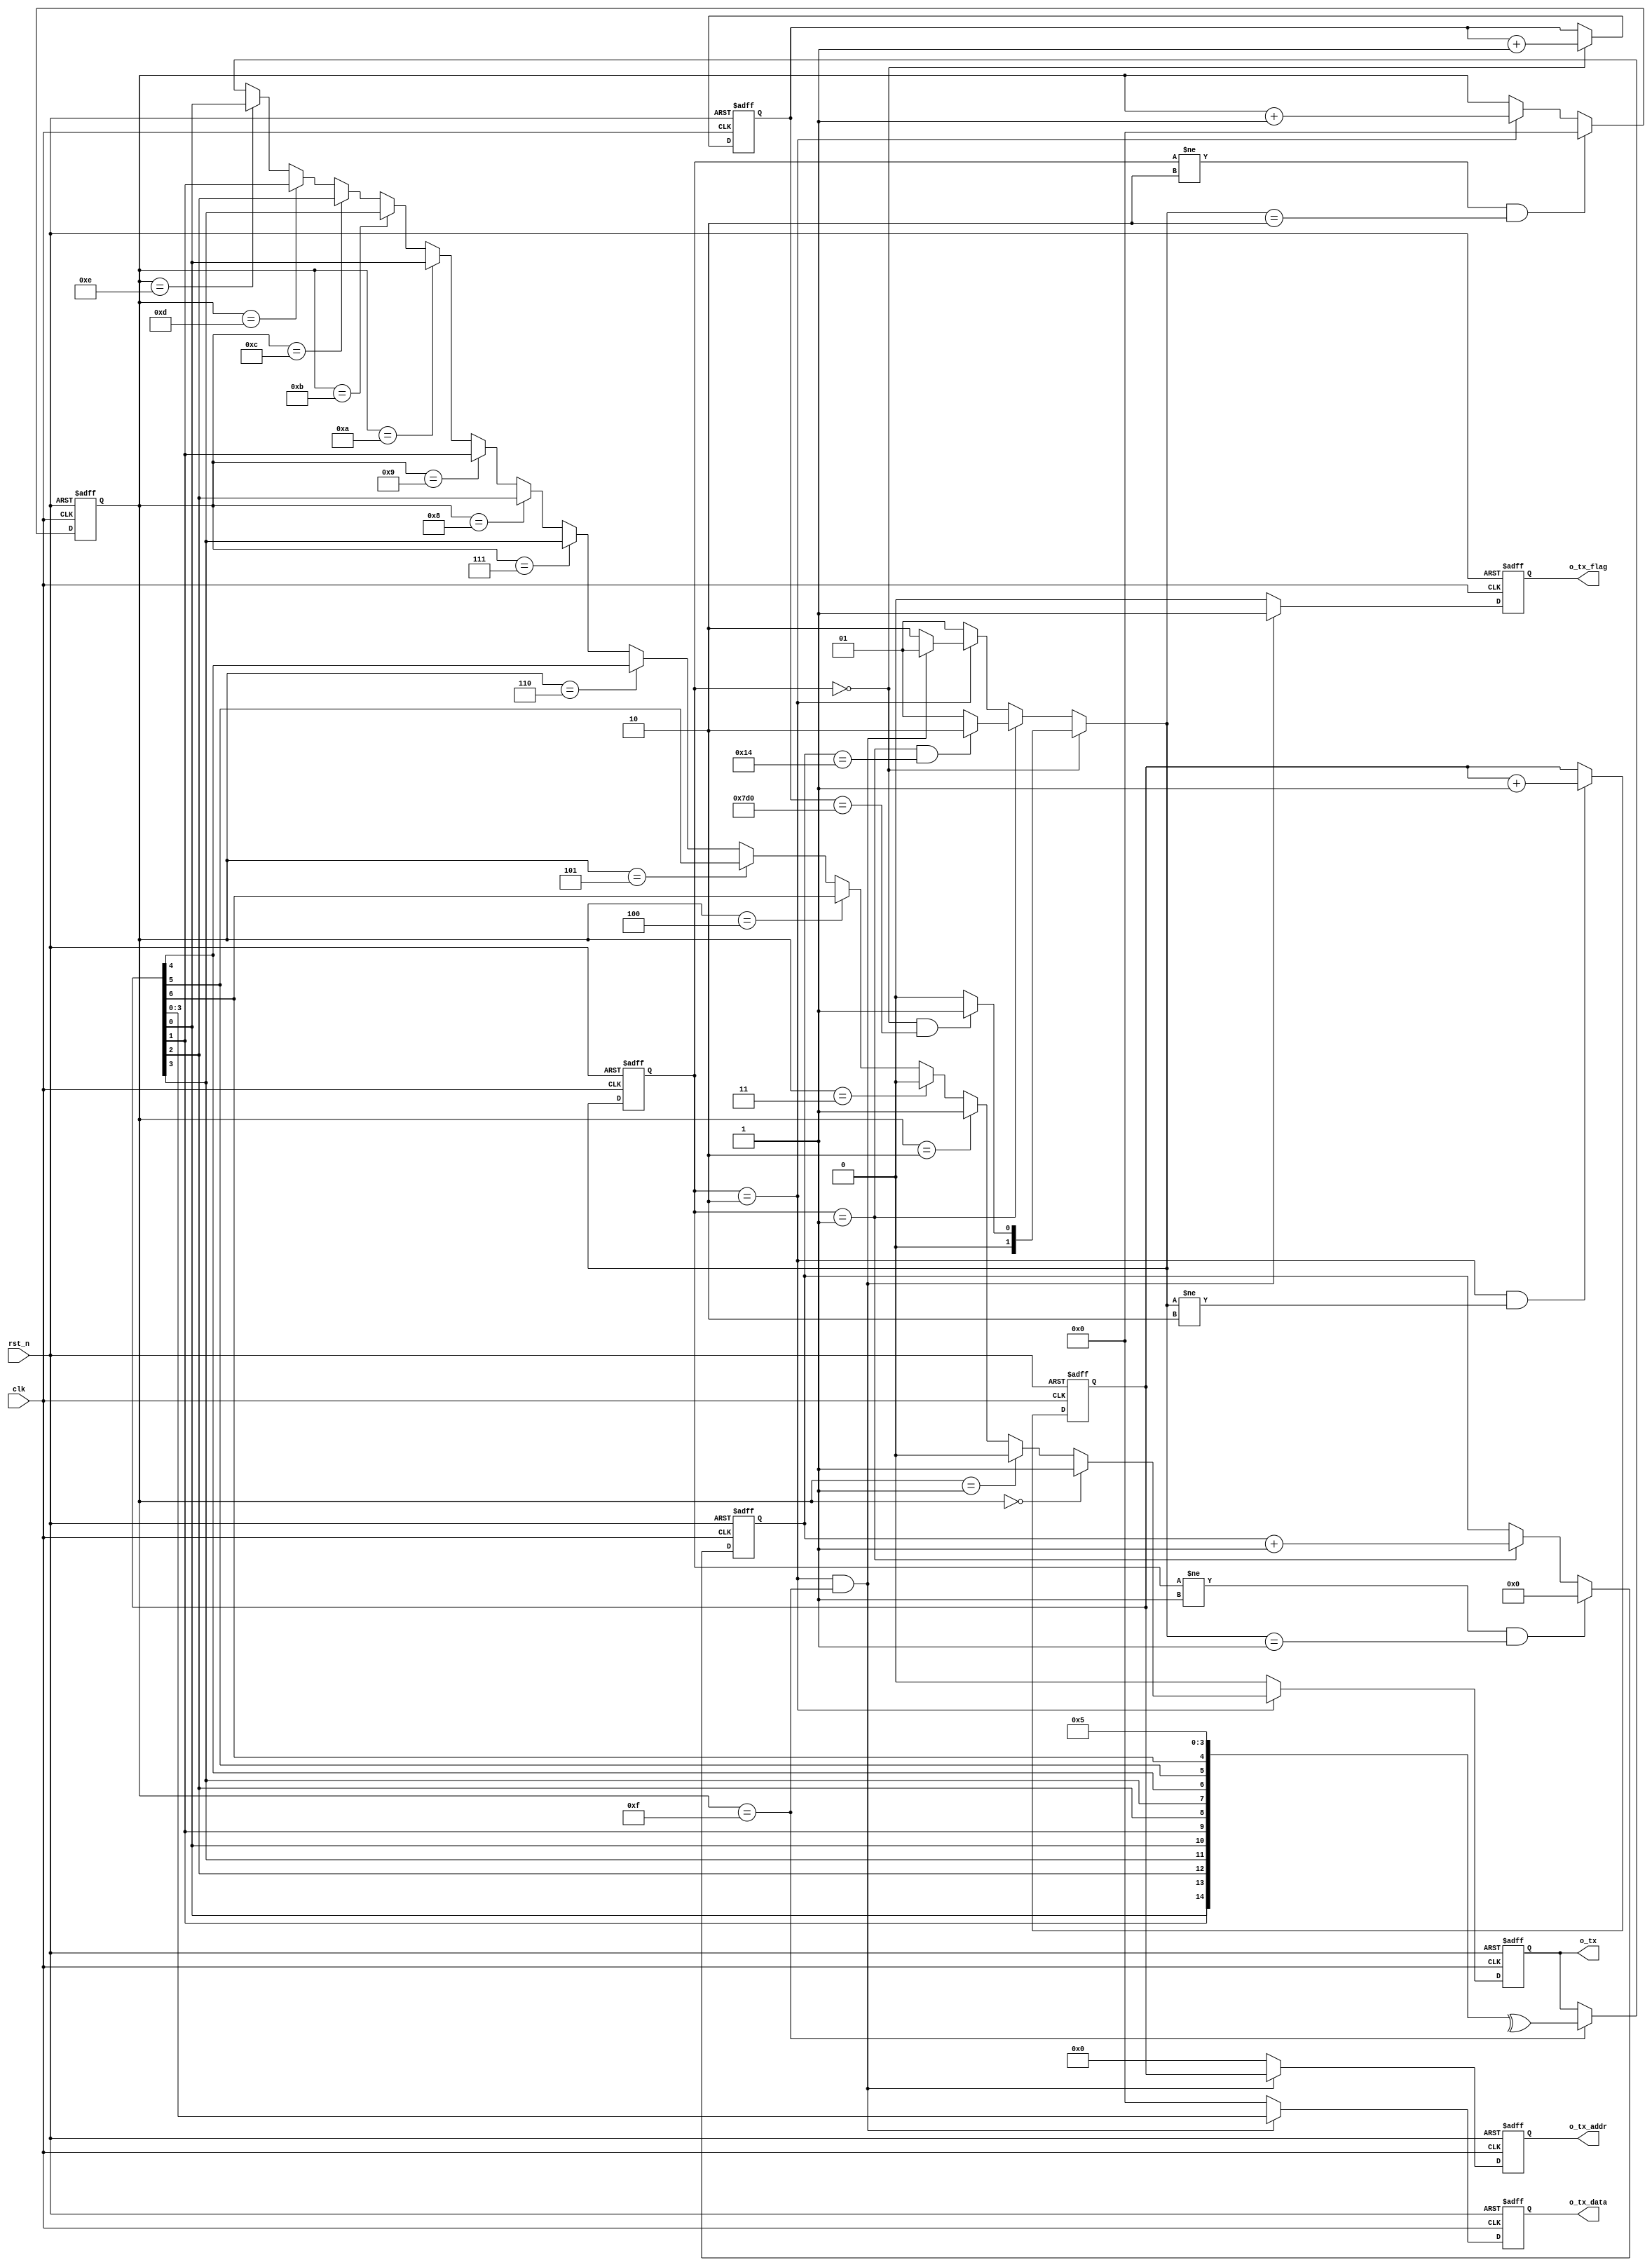
`timescale 1ns/1ps

module tele_tx (
	input			clk,	// 100Mhz
	input			rst_n,

	output	reg		o_tx,

	output	reg				o_tx_flag,
	output	reg	[7-1: 0]	o_tx_addr,
	output	reg	[4-1: 0]	o_tx_data 
);

parameter	S_IDLE= 2'b00;	//IDLE
parameter	S_RDY = 2'b01;	//READY
parameter	S_RUN = 2'b10;	//RUN

reg		[ 2-1: 0]	state_cur;
reg		[ 2-1: 0]	state_nxt;

reg		[20-1: 0]	cnt_idle;
reg		[20-1: 0]	cnt_rdy;
reg		[ 4-1: 0]	cnt_run;

reg		[ 7-1: 0]	r_addr;
wire	[ 4-1: 0]	w_data;

wire				flag_start;
wire				flag_rdy_done;
wire				flag_run_done;

reg		[16-1: 0]	w_tx;

//	reg		[2-1: 0]	cnt_clk;
//	reg					clk_div_2;	// 50Mhz
//	reg					clk_div_4;	// 25Mhz
//	
//	always @ (posedge clk or negedge rst_n) begin
//		if (~rst_n) begin
//			cnt_clk	<= {2{1'b0}};
//		end else begin
//			cnt_clk	<= cnt_clk + 1'b1;
//		end
//	end
//	
//	always @ (posedge clk or negedge rst_n) begin
//		if (~rst_n) begin
//			clk_div_2	<= 1'b0;
//			clk_div_4	<= 1'b0;
//		end else begin
//			clk_div_2	<= cnt_clk[0];
//			clk_div_4	<= cnt_clk[1];
//		end
//	end


always @ (posedge clk or negedge rst_n) begin
	if (~rst_n) begin
		state_cur	<=	S_IDLE;
	end else begin
		state_cur	<=	state_nxt;
	end
end

always @ (*) begin
	if (state_cur==S_IDLE) begin
		if (flag_start)	state_nxt	<= S_RDY;
		else			state_nxt	<= S_IDLE;
	end else if (state_cur==S_RDY) begin
		if (flag_rdy_done)	state_nxt	<= S_RUN;
		else				state_nxt	<= S_RDY;
	end else if (state_cur==S_RUN) begin
		if (flag_run_done)	state_nxt	<= S_RDY;
		else				state_nxt	<= S_RUN;
	end else begin
		state_nxt	<= S_RDY;
	end
end

always @ (posedge clk or negedge rst_n) begin
	if (~rst_n) begin
		cnt_idle	<= {20{1'b0}};
	end else if (state_cur==S_IDLE) begin
		cnt_idle	<= cnt_idle + 1'b1;
	end
end

assign	flag_start	= (state_cur==S_IDLE)&(cnt_idle==20'd2000);

always @ (posedge clk or negedge rst_n) begin
	if (~rst_n) begin
		cnt_rdy		<= {20{1'b0}};
	end else if ((state_cur!=S_RDY)&(state_nxt==S_RDY)) begin
		cnt_rdy		<= {20{1'b0}};
	end else if (state_cur==S_RDY) begin
		cnt_rdy		<= cnt_rdy + 1'b1;
	end
end

assign	flag_rdy_done	= (state_cur==S_RDY)&(cnt_rdy==20'd20);

always @ (posedge clk or negedge rst_n) begin
	if (~rst_n) begin
		cnt_run		<= {4{1'b0}};
	end else if ((state_cur!=S_RUN)&(state_nxt==S_RUN)) begin
		cnt_run		<= {4{1'b0}};
	end else if (state_cur==S_RUN) begin
		cnt_run		<= cnt_run + 1'b1;
	end
end

assign	flag_run_done	= (state_cur==S_RUN)&(cnt_run==4'd15);

always @ (posedge clk or negedge rst_n) begin
	if (~rst_n) begin
		r_addr	<=	{7{1'b0}};
	end else if ((state_cur==S_RUN)&(state_nxt!=S_RUN)) begin
		r_addr	<=	r_addr + 1'b1;
	end
end

assign w_data = r_addr[3:0];

always @ (*) begin
	if (state_cur==S_RUN) begin
		w_tx[ 0]	= 1'b1;
		w_tx[ 1]	= 1'b0;
		w_tx[ 2]	= 1'b1;
		w_tx[ 3]	= 1'b0;
		w_tx[ 4]	= r_addr[6];
		w_tx[ 5]	= r_addr[5];
		w_tx[ 6]	= r_addr[4];
		w_tx[ 7]	= r_addr[3];
		w_tx[ 8]	= r_addr[2];
		w_tx[ 9]	= r_addr[1];
		w_tx[10]	= r_addr[0];
		w_tx[11]	= w_data[3];
		w_tx[12]	= w_data[2];
		w_tx[13]	= w_data[1];
		w_tx[14]	= w_data[0];
		w_tx[15]	= ^w_tx[14:0];
	end else begin
		w_tx		= {15{1'b0}};
	end
end

always @ (posedge clk or negedge rst_n) begin
	if (~rst_n) begin
		o_tx	<= 1'b0;
	end else if (state_cur==S_RUN) begin
		if		(cnt_run==4'h0) o_tx	<= w_tx[ 0];
		else if (cnt_run==4'h1) o_tx	<= w_tx[ 1];
		else if (cnt_run==4'h2) o_tx	<= w_tx[ 2];
		else if (cnt_run==4'h3) o_tx	<= w_tx[ 3];
		else if	(cnt_run==4'h4) o_tx	<= w_tx[ 4];
		else if (cnt_run==4'h5) o_tx	<= w_tx[ 5];
		else if (cnt_run==4'h6) o_tx	<= w_tx[ 6];
		else if (cnt_run==4'h7) o_tx	<= w_tx[ 7];
		else if	(cnt_run==4'h8) o_tx	<= w_tx[ 8];
		else if (cnt_run==4'h9) o_tx	<= w_tx[ 9];
		else if (cnt_run==4'hA) o_tx	<= w_tx[10];
		else if (cnt_run==4'hB) o_tx	<= w_tx[11];
		else if	(cnt_run==4'hC) o_tx	<= w_tx[12];
		else if (cnt_run==4'hD) o_tx	<= w_tx[13];
		else if (cnt_run==4'hE) o_tx	<= w_tx[14];
		else if (cnt_run==4'hF) o_tx	<= w_tx[15];
	end else begin
		o_tx	<= 1'b0;
	end
end

always @ (posedge clk or negedge rst_n) begin
	if (~rst_n) begin
		o_tx_flag	<= {1{1'b0}};
		o_tx_addr	<= {7{1'b0}};
		o_tx_data	<= {4{1'b0}};
	end else if ( flag_run_done ) begin
		o_tx_flag	<= flag_run_done;
		o_tx_addr	<= r_addr;
		o_tx_data	<= w_data;
	end else begin
		o_tx_flag	<= {1{1'b0}};
		o_tx_addr	<= {7{1'b0}};
		o_tx_data	<= {4{1'b0}};
	end
end

endmodule